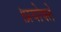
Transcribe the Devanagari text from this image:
।प्रयोक्ते